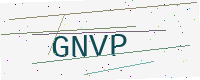
Text: GNVP